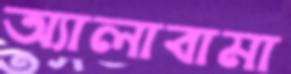
অ্যালাবামা